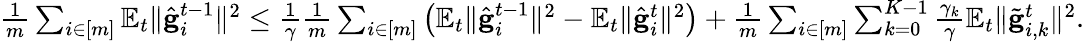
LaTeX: \begin{array}{r}{\frac{1}{m}\sum_{i\in[m]}\mathbb{E}_{t}\Vert\hat{\mathbf{g}}_{i}^{t-1}\Vert^{2}\leq\frac{1}{\gamma}\frac{1}{m}\sum_{i\in[m]}\left(\mathbb{E}_{t}\Vert\hat{\mathbf{g}}_{i}^{t-1}\Vert^{2}-\mathbb{E}_{t}\Vert\hat{\mathbf{g}}_{i}^{t}\Vert^{2}\right)+\frac{1}{m}\sum_{i\in[m]}\sum_{k=0}^{K-1}\frac{\gamma_{k}}{\gamma}\mathbb{E}_{t}\Vert\tilde{\mathbf{g}}_{i,k}^{t}\Vert^{2}.}\end{array}